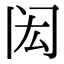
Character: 闳